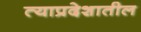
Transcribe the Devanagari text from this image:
त्याप्रदेशातील